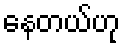
နေတယ်ဟု